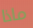
ماذا